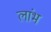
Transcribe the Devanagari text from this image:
लांभ